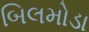
બિલમોડા